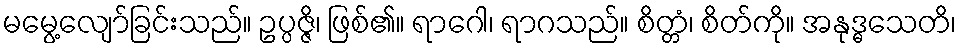
မမွေ့လျော်ခြင်းသည်။ ဥပ္ပဇ္ဇိ၊ ဖြစ်၏။ ရာဂေါ၊ ရာဂသည်။ စိတ္တံ၊ စိတ်ကို။ အနုဒ္ဓသေတိ၊